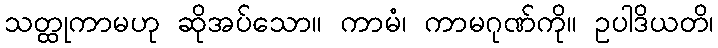
သတ္ထုကာမဟု ဆိုအပ်သော။ ကာမံ၊ ကာမဂုဏ်ကို။ ဥပါဒိယတိ၊